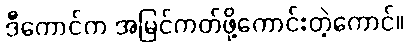
ဒီကောင်က အမြင်ကတ်ဖို့ကောင်းတဲ့ကောင်။